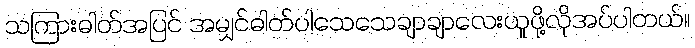
သကြားဓါတ်အပြင် အမျှင်ဓါတ်ပါသေသေချာချာလေးယူဖို့လိုအပ်ပါတယ်။